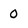
Character: 0